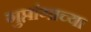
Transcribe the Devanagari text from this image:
गुप्तांगाच्या